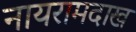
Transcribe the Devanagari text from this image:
नायरामदाख